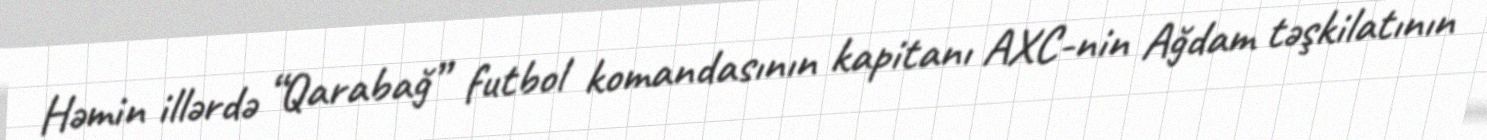
Həmin illərdə “Qarabağ” futbol komandasının kapitanı AXC-nin Ağdam təşkilatının